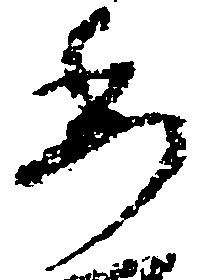
委